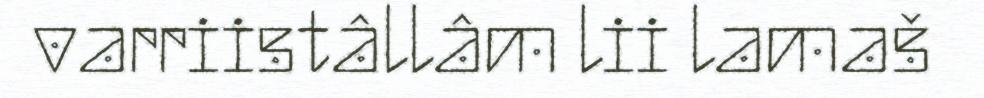
varriistâllâm lii lamaš